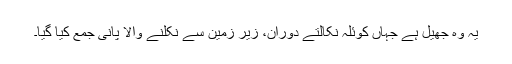
یہ وہ جھیل ہے جہاں کوئلہ نکالتے دوران، زیر زمین سے نکلنے والا پانی جمع کیا گیا۔